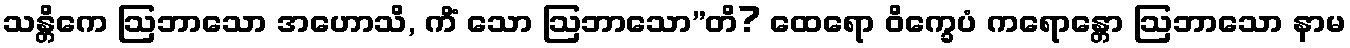
သန္တိကေ ဩဘာသော အဟောသိ, ကိံ သော ဩဘာသော”တိ? ထေရော ဝိက္ခေပံ ကရောန္တော ဩဘာသော နာမ